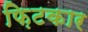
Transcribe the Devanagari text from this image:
फ़िटकार